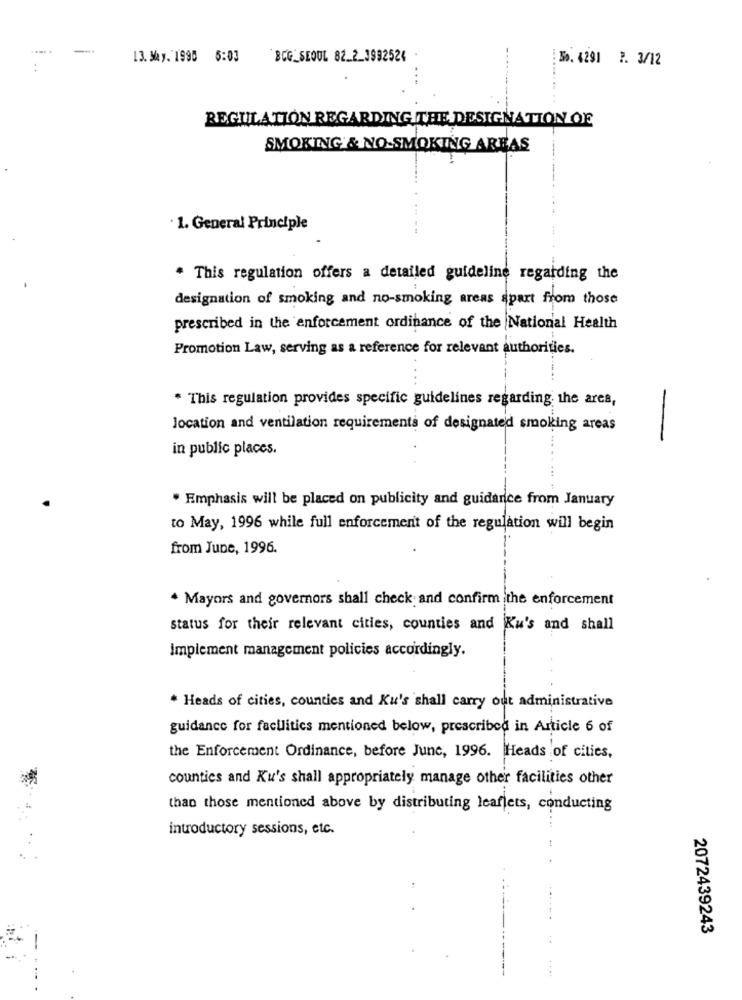
---
13. May. 1990 5:03
BCG_SEOUL 82_2_3992524
So. 4291 1. 3/12
REGULATION REGARDING THE DESIGNATION OF
SMOKING & NO-SMOKING AREAS
· 1. General Principle
This regulation offers a detailed guideline regarding the
designation of smoking and no-smoking areas apart from those
prescribed in the enforcement ordinance of the National Health
Promotion Law, serving as a reference for relevant authorities.
* This regulation provides specific guidelines regarding the area,
location and ventilation requirements of designated smoking areas
-
in public places.
" Emphasis will be placed on publicity and guidance from January
to May, 1996 while full enforcement of the regulation will begin
from June, 1996.
+ Mayors and governors shall check and confirm the enforcement
status for their relevant cities, counties and Ku's and shall
Implement management policies accordingly.
* Heads of cities, counties and Ku's shall carry out administrative
guidance for facilities mentioned below, prescribed in Article 6 of
the Enforcement Ordinance, before June, 1996. Heads of cities,
counties and Ku's shall appropriately manage other facilities other
than those mentioned above by distributing leaflets, conducting
introductory sessions, etc.
2072439243